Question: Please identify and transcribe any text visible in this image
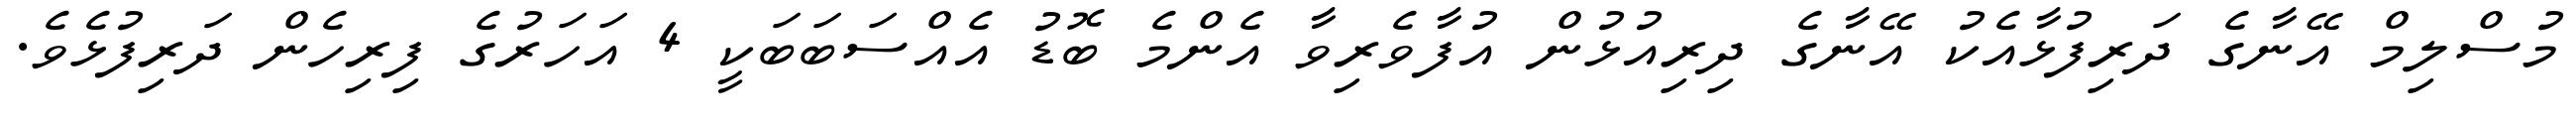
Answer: މުސްލިމް އޭނާގެ ދަރިފުޅާއެކު އޭނާގެ ދިރިއުޅުން އުފާވެރިވާ އެންމެ ބޮޑު އެއްސަބަބަކީ 4 އަހަރުގެ ފިރިހެން ދަރިފުޅެވެ.